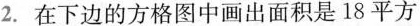
2.在下边的方格图中画出面积是18平方